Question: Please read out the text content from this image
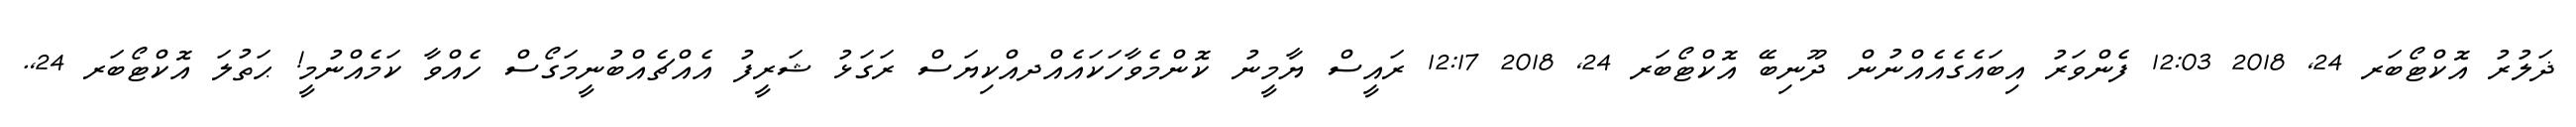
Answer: ޛަލުރު އޮކްޓޯބަރ 24, 2018 12:03 ފެންވަރު އިބައެގެއެއްނުން ދޫނިބޭ އޮކްޓޯބަރ 24, 2018 12:17 ރައީސް ޔާމީނު ކޮންމެވާހަކައެއްދއްކިޔަސް ރަގަޅު ޝަރީފު އެއްޗެއްބުނީމަގޯސް ހެއްވާ ކަމެއްނުމީ! ޙަތުލަ އޮކްޓޯބަރ 24,.